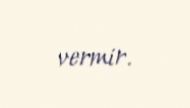
vermir.